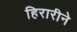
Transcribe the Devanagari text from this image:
हिरारीने